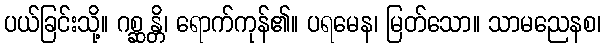
ပယ်ခြင်းသို့။ ဂစ္ဆန္တိ၊ ရောက်ကုန်၏။ ပရမေန၊ မြတ်သော။ သာမညေနစ၊